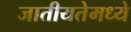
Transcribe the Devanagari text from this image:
जातीयतेमध्ये